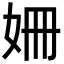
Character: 姍